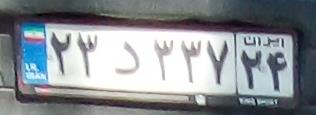
۲۳د۳۳۷۲۴